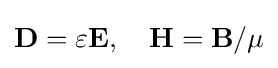
\mathbf {D} =\varepsilon \mathbf {E} ,\quad \mathbf {H} =\mathbf {B} /\mu